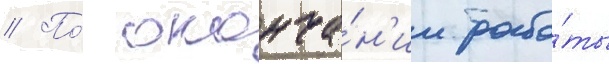
// По́ оконча́н'ии рабо́ты